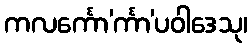
ကလင်္ကော’င်္ကာ’ပဝါဒေသု၊